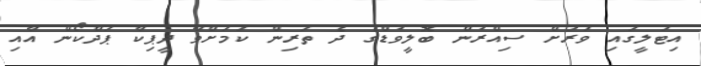
އިޓަލީގައި ވަރަށް ސިއްރުން ބޮލީވުޑްގެ ދެ ތަރިން ކަމަށްވާ ދީޕިކާ ޕަދްކޯން އާއި